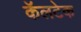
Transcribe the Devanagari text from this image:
कॅलटेक